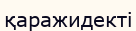
қаражидекті